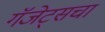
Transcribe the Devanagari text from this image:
गॅजेट्सचा